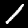
Label: 1